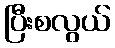
ပြီးစလွယ်